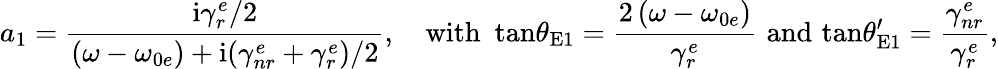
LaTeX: a_{1}=\frac{\mathrm{i}\gamma_{r}^{e}/2}{\left(\omega-\omega_{0e}\right)+\mathrm{i}(\gamma_{nr}^{e}+\gamma_{r}^{e})/2},\quad\mathrm{with}\, \, \, \mathrm{tan}\theta_{\mathrm{E}1}=\frac{2\left(\omega-\omega_{0e}\right)}{\gamma_{r}^{e}}\, \, \mathrm{and}\, \, \mathrm{tan}\theta_{\mathrm{E}1}^{\prime}=\frac{\gamma_{nr}^{e}}{\gamma_{r}^{e}},